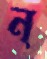
ন্